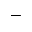
^ -